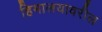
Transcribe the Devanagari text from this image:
हिमालयावरील